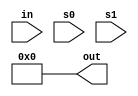
module demul_4sal(
    input wire in,s0,s1,
    output reg [3:0] out
);

assign out = 4'b0000;

always @(*) begin
    if(~s0 & ~s1)
        out[0] = 1'b1;
    else if(~s0 & s1)
        out[1] = 1'b1;
    else if(s0 & ~s1)
        out[2] = 1'b1;
    else
        out[3] = 1'b1;
end
endmodule